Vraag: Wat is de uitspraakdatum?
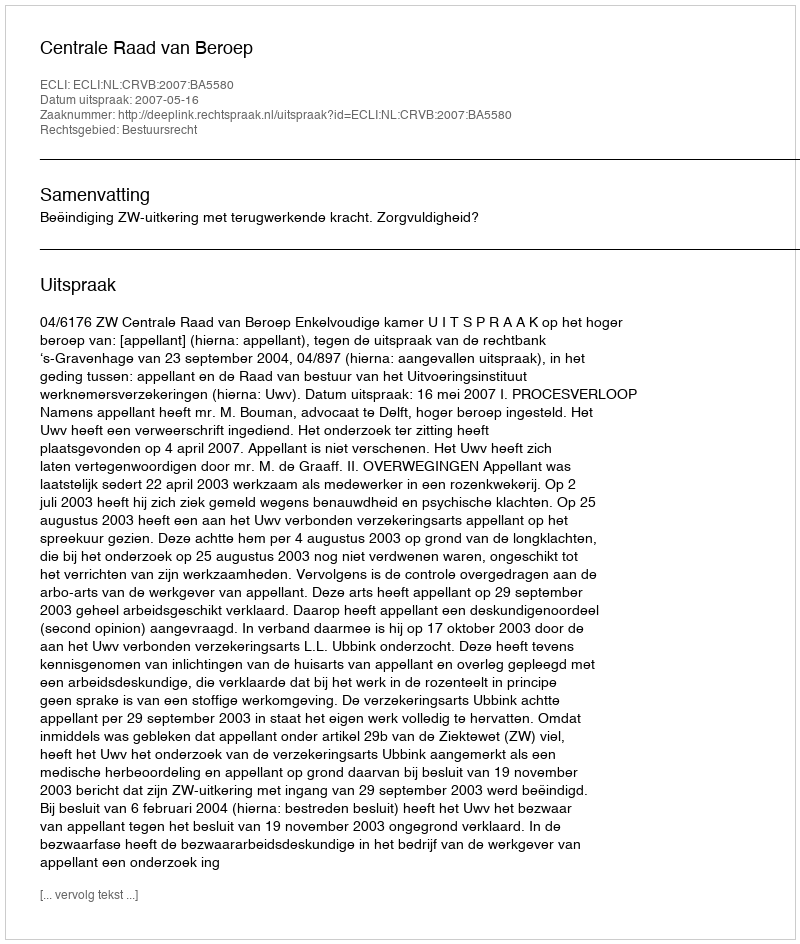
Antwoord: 2007-05-16